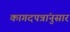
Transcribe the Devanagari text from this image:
कागदपत्रांनुसार